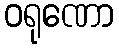
ဝရုဏော